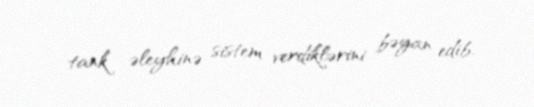
tank əleyhinə sistem verdiklərini bəyan edib.